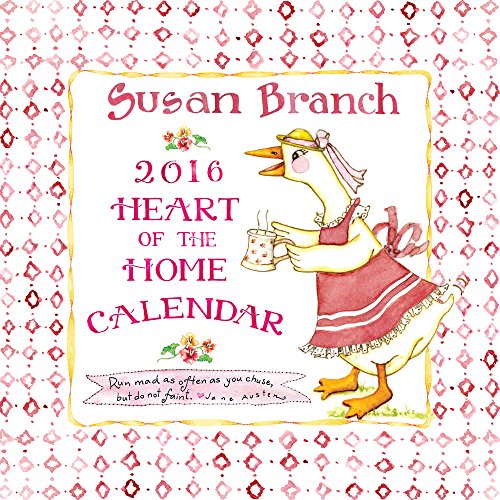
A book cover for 2016 Susan Branch Wall Calendar; Susan Branch; Calendars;